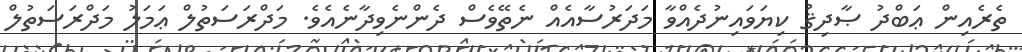
ތެރެއިން ޢަބްދު ޞާދިޤު ކިޔަވައިނުދެއްވާ މަދަރުސާއެއް ނެތޭވެސް ދެންނެވިދާނެއެވެ. މަދްރަސަތުލް ޢަމަލު މަދްރަސަތުލް